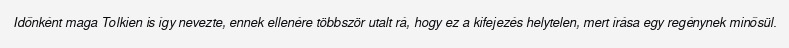
Időnként maga Tolkien is így nevezte, ennek ellenére többször utalt rá, hogy ez a kifejezés helytelen, mert írása egy regénynek minősül.